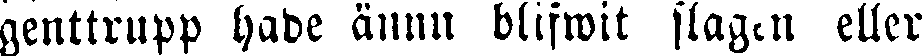
genttrupp hade ännn blifwit slagen eller